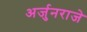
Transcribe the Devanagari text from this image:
अर्जुनराजे